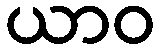
ယာဝ